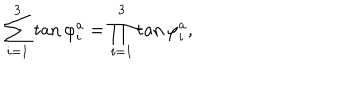
\sum _ { i = 1 } ^ { 3 } \tan \varphi _ { i } ^ { a } = \prod _ { i = 1 } ^ { 3 } \tan \varphi _ { i } ^ { a } ,